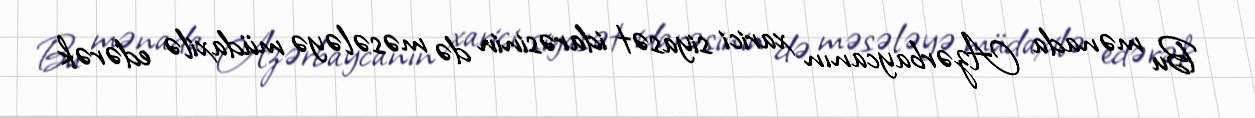
Bu mənada Azərbaycanın xarici siyasət idarəsinin də məsələyə müdaxilə edərək